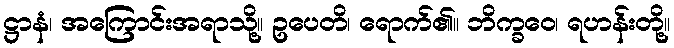
ဋ္ဌာနံ၊ အကြောင်းအရာသို့။ ဥပေတိ၊ ရောက်၏။ ဘိက္ခဝေ၊ ရဟန်းတို့။